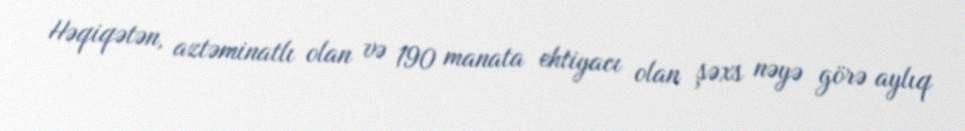
Həqiqətən, aztəminatlı olan və 190 manata ehtiyacı olan şəxs nəyə görə aylıq